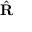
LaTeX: \hat { \mathbf { R } }